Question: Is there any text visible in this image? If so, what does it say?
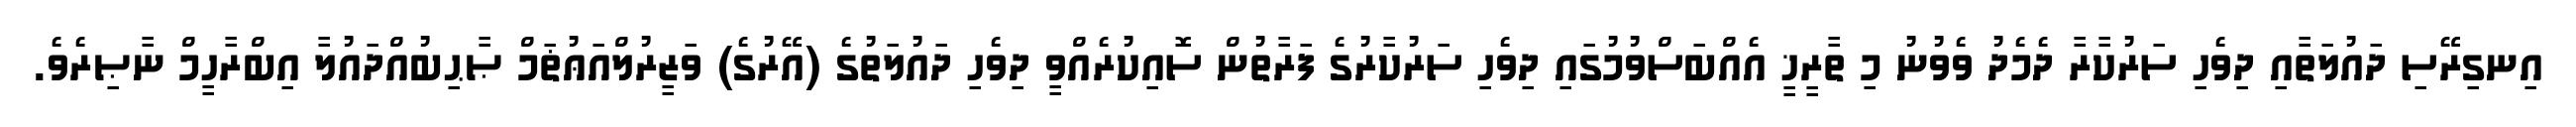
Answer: އިނގިރޭސި ދައުލަތާއި ދިވެހި ސަރުކާރާ ދެމެދު ވެވުނު މި ތާރީޚީ އެއްބަސްވުމުގައި ދިވެހި ސަރުކާރުގެ ފަރާތުން ސޮއިކުރެއްވީ ދިވެހި ދައުލަތުގެ (އޭރުގެ) ވަޒީރުލްއަޢުޡަމް ޞާޙިބުއްދައުލާ އިބްރާހީމް ނާޞިރެވެ.